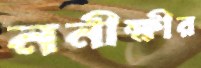
ননীক্ষীর